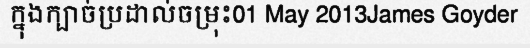
ក្នុងក្បាច់ប្រដាល់ចម្រុះ01 May 2013James Goyder